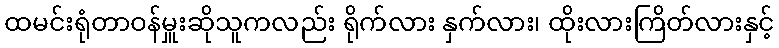
ထမင်းရုံတာဝန်မှူးဆိုသူကလည်း ရိုက်လား နှက်လား၊ ထိုးလားကြိတ်လားနှင့်